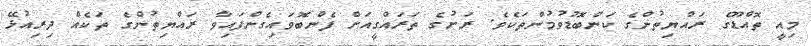
މިއީ ތޮއްޑޫގެ ރައްޔިތުންގެ ކަންބޮޑުވުމުންތަކެވެ. ރަށުގެ ތަރައްގީއަށް ފެންބޮވައިގެންފައިވާ ރައްޔިތުންގެ ތަކެއް ދިރިއުޅޭ